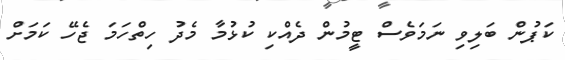
ކަޕުން ބަލިވި ނަމަވެސް ޓީމުން ދެއްކި ކުޅުމާ މެދު ހިތްހަމަ ޖެހޭ ކަމަށް